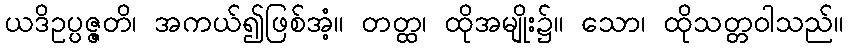
ယဒိဥပ္ပဇ္ဇတိ၊ အကယ်၍ဖြစ်အံ့။ တတ္ထ၊ ထိုအမျိုး၌။ သော၊ ထိုသတ္တဝါသည်။